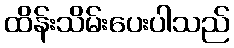
ထိန်းသိမ်းပေးပါသည်